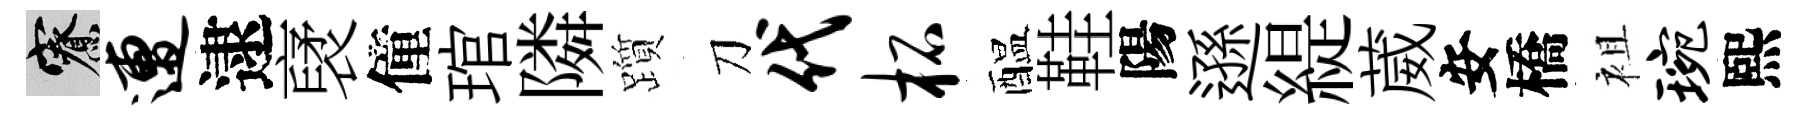
寮遭逮裦僮琯隣躓刀代柘醖鞋陽遜緹葳安橋袓琬熙